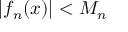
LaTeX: | f _ { n } ( x ) | < M _ { n }